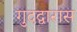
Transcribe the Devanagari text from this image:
गुदद्वारास